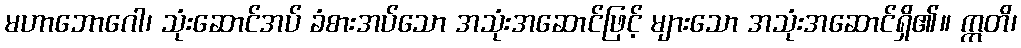
မဟာဘောဂေါ၊ သုံးဆောင်အပ် ခံစားအပ်သော အသုံးအဆောင်ဖြင့် များသော အသုံးအဆောင်ရှိ၏။ ဣတိ၊